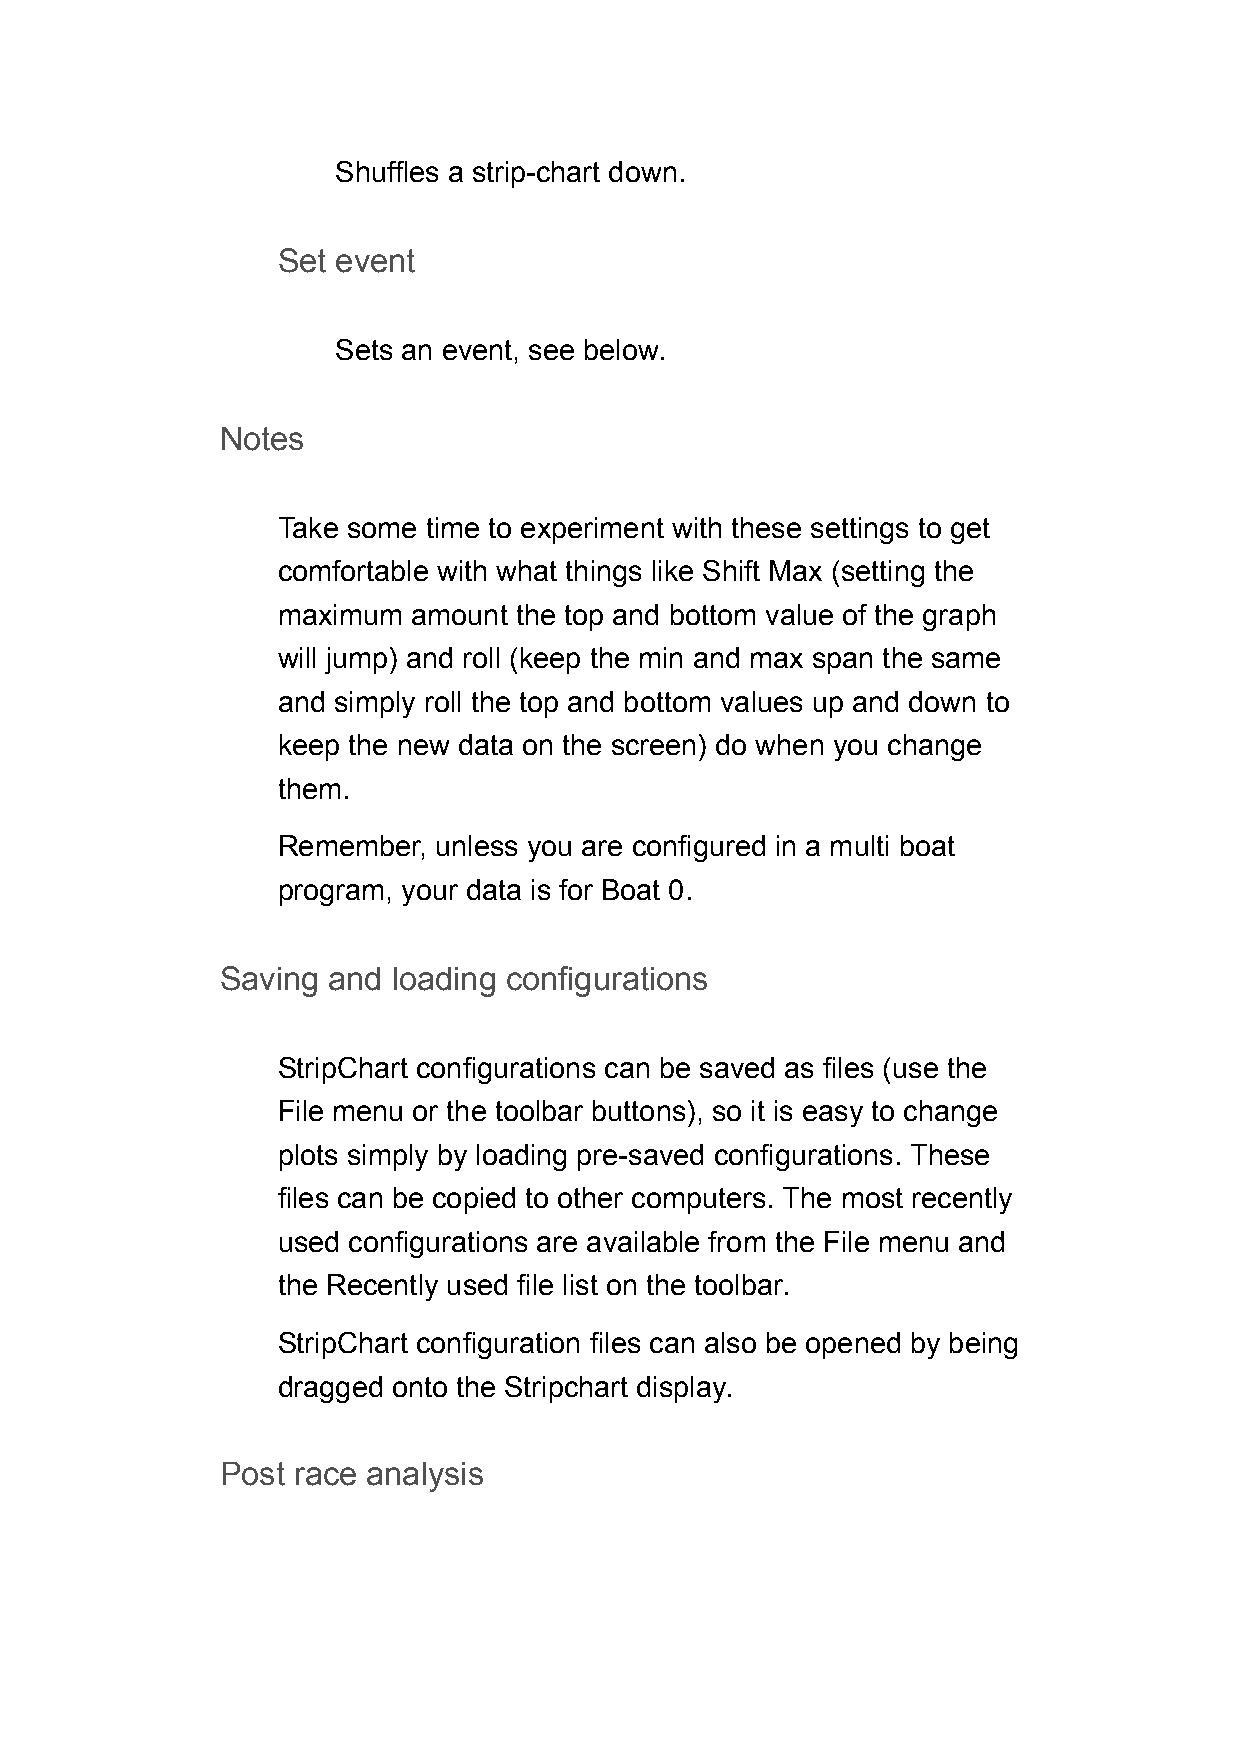
Shuffles a strip-chart down.
 Set event
 Sets an event, see below.
 Notes
 Take some time to experiment with these settings to get
 comfortable with what things like Shift Max (setting the
 maximum  amount the top and bottom value of the graph
 will jump) and roll (keep the min and max span the same
 and simply roll the top and bottom values up and down to
 keep the new data on the screen) do when you change
 them.
 Remember,  unless you are configured in a multi boat
 program, your data is for Boat 0.
 Saving and loading configurations
 StripChart configurations can be saved as files (use the
 File menu or the toolbar buttons), so it is easy to change
 plots simply by loading pre-saved configurations. These
 files can be copied to other computers. The most recently
 used configurations are available from the File menu and
 the Recently used file list on the toolbar.
 StripChart configuration files can also be opened by being
 dragged onto the Stripchart display.
 Post race analysis